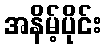
အနိမ့်ပိုင်း